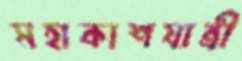
মহাকাশযাত্রী